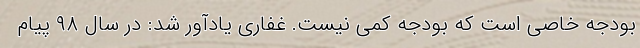
بودجه خاصی است که بودجه کمی نیست. غفاری یادآور شد: در سال ۹۸ پیام